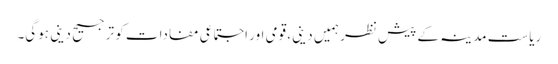
ریاست مدینہ کے پیش نظر ہمیں دینی، قومی اور اجتماعی مفادات کو ترجیح دینی ہوگی۔